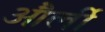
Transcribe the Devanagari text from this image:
और्ली